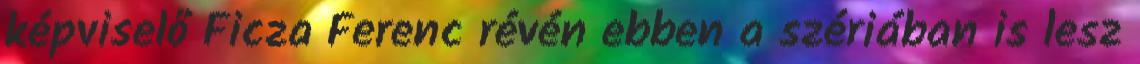
képviselő Ficza Ferenc révén ebben a szériában is lesz